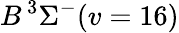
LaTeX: B\, {}^{3}\Sigma^{-}(v=16)